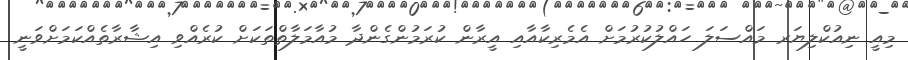
މިއީ ނިއުކްލިޔަރ މައްސަލަ ހައްލުކުރުމަށް އެމެރިކާއާއި އީރާން ކުރަމުންގެންދާ މުއާމަލާތްތަކަށް ކުރެއްވި އިޝާރާތެއްކަމަށްވަނީ